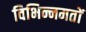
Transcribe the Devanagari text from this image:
विभिन्नमतों